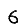
Digit: 6